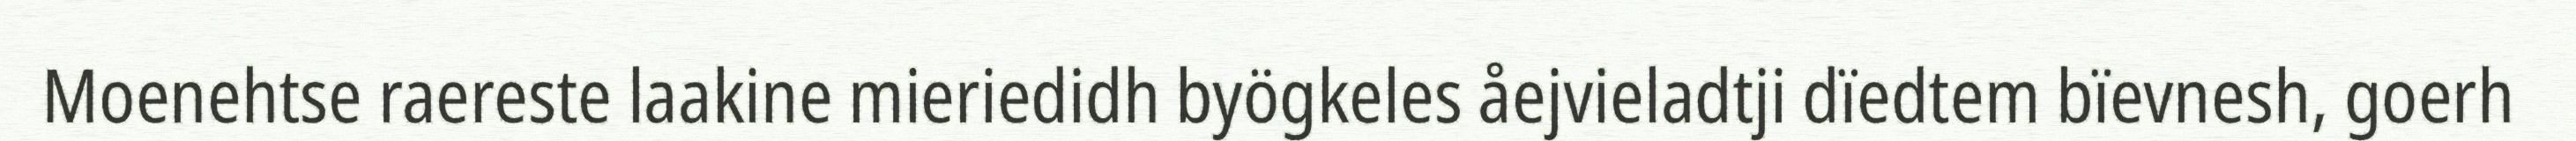
Moenehtse raereste laakine mieriedidh byögkeles åejvieladtji dïedtem bïevnesh, goerh